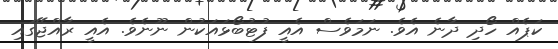
ކަޕެއް ހޯދި ދާނެ އެވެ. ނަމަވެސް އެއީ ފުޓުބޯޅައަކުން ނޫނެވެ. އެއީ ރާއްޖޭގައި